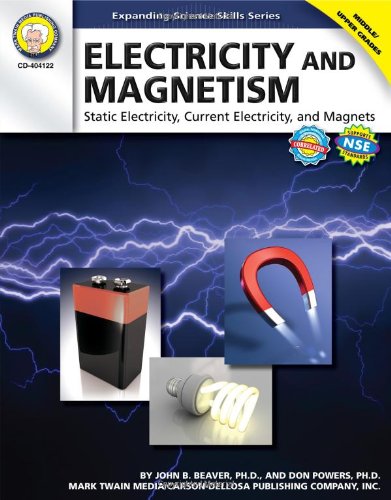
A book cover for Electricity and Magnetism, Grades 6 - 12: Static Electricity, Current Electricity, and Magnets (Expanding Science Skills Series); John B. Beaver Ph.D.; Children's Books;